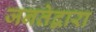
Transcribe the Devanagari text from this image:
जनतेद्वारा